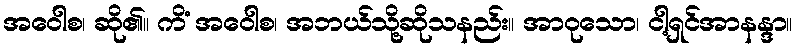
အဝေါစ၊ ဆို၏။ ကိံ အဝေါစ၊ အဘယ်သို့ဆိုသနည်း။ အာဝုသော၊ ငါ့ရှင်အာနန္ဒာ။